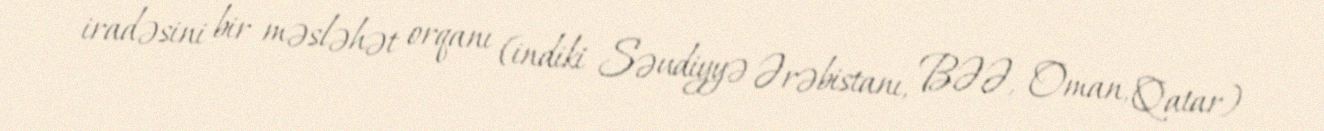
iradəsini bir məsləhət orqanı (indiki Səudiyyə Ərəbistanı, BƏƏ, Oman, Qatar)